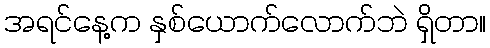
အရင်နေ့က နှစ်ယောက်လောက်ဘဲ ရှိတာ။